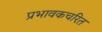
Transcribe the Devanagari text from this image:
प्रभावकचरित